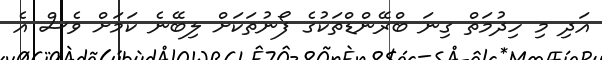
އަދި މި ހިދުމަތް ގިނަ ބްރޭންޑްތަކުގެ ފޯނުތަކަށް ލިބޭނެ ކަމަށް ވެސް އެ